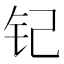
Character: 𮷵